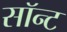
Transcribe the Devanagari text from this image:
सॉन्ट